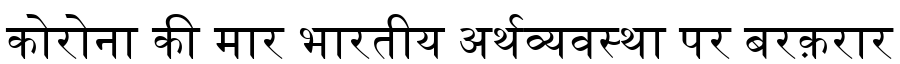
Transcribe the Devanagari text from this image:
कोरोना की मार भारतीय अर्थव्यवस्था पर बरक़रार